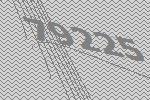
79225